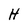
Character: H